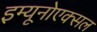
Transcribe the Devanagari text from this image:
इम्यूनोएक्सल